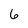
Character: 6